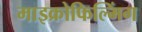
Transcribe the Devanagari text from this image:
माइक्रोफिल्मिंग